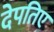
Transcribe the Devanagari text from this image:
देपतिए